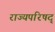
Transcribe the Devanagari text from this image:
राज्यपरिषद्